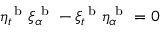
\eta _ { t } ^ { \mathrm { ~ b ~ } } \xi _ { \alpha } ^ { \mathrm { ~ b ~ } } - \xi _ { t } ^ { \mathrm { ~ b ~ } } \eta _ { \alpha } ^ { \mathrm { ~ b ~ } } = 0